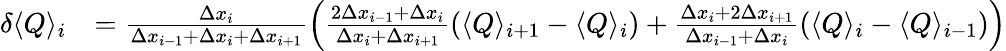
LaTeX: \begin{array}{rl}{\delta\langle Q\rangle_{i}}&{=\frac{\Delta x_{i}}{\Delta x_{i-1}+\Delta x_{i}+\Delta x_{i+1}}\left(\frac{2\Delta x_{i-1}+\Delta x_{i}}{\Delta x_{i}+\Delta x_{i+1}}\left(\langle Q\rangle_{i+1}-\langle Q\rangle_{i}\right)+\frac{\Delta x_{i}+2\Delta x_{i+1}}{\Delta x_{i-1}+\Delta x_{i}}\left(\langle Q\rangle_{i}-\langle Q\rangle_{i-1}\right)\right)}\end{array}